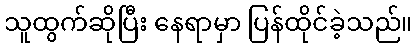
သူထွက်ဆိုပြီး နေရာမှာ ပြန်ထိုင်ခဲ့သည်။